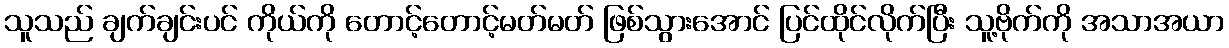
သူသည် ချက်ချင်းပင် ကိုယ်ကို တောင့်တောင့်မတ်မတ် ဖြစ်သွားအောင် ပြင်ထိုင်လိုက်ပြီး သူ့ဗိုက်ကို အသာအယာ